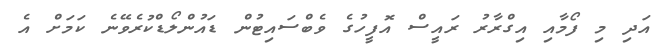
އަދި މި ފޯމާއި އިގްރާރު ރައީސް އޮފީހުގެ ވެބްސައިޓުން ޑައުންލޯޑްކުރެވޭނެ ކަމަށް އެ